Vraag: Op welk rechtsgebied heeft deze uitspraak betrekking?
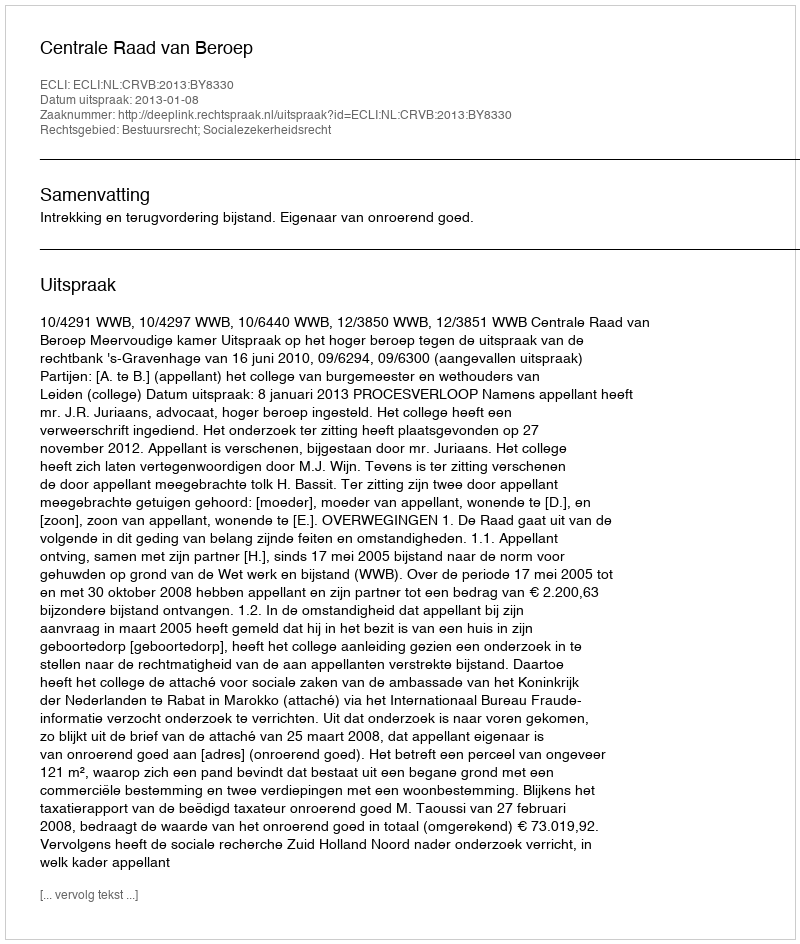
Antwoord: Bestuursrecht; Socialezekerheidsrecht